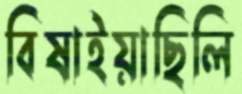
বিষাইয়াছিলি